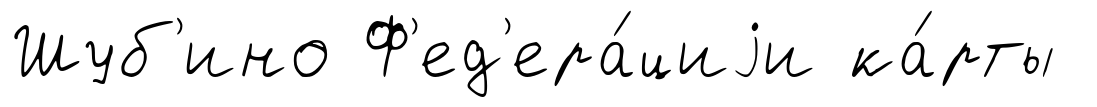
Шуб'ино Ф'ед'ера́циjи ка́рты